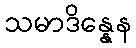
သမာဒိန္နေန